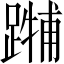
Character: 𲄃